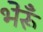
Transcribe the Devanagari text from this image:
भेरूँ